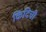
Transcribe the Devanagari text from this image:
किदिची